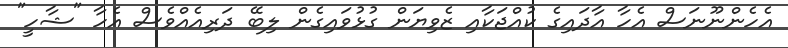
އެހެންނޫނަސް އެހާ އާދައިގެ ކުއްޖަކާއި ޒެވިޔަން ގުޅުވައިގެން ލިބޭ ދަރިއެއްވެސް އެހާ "ޝާހީ"